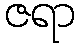
ဇရာ